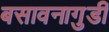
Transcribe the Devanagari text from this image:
बसावनागुडी